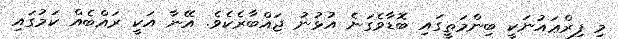
މި ފިރްޢައުނަކީ ބިންމަތީގައި ބޮޑާވެގަނެ އުޅުނު ޖައްބާރެކެވެ. އޭނާ އަކީ ރައްބެއް ކަމުގައި